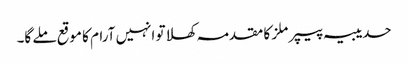
حدیبیہ پیپر ملز کا مقدمہ کھلا تو انہیں آرام کا موقع ملے گا۔